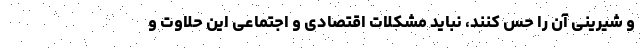
و شیرینی آن را حس کنند، نباید مشکلات اقتصادی و اجتماعی این حلاوت و